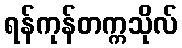
ရန်ကုန်တက္ကသိုလ်